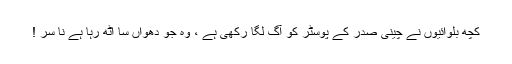
کچھ بلوائیوَں نے چینی صدر کے پوسٹر کو آگ لگا رکھی ہے ، وہ جو دھواں سا اٹھ رہا ہے نا سر !